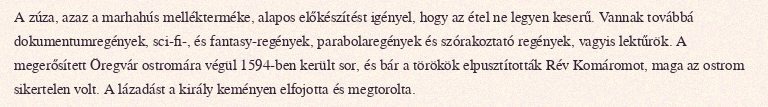
A zúza, azaz a marhahús mellékterméke, alapos előkészítést igényel, hogy az étel ne legyen keserű. Vannak továbbá dokumentumregények, sci-fi-, és fantasy-regények, parabolaregények és szórakoztató regények, vagyis lektűrök. A megerősített Öregvár ostromára végül 1594-ben került sor, és bár a törökök elpusztították Rév Komáromot, maga az ostrom sikertelen volt. A lázadást a király keményen elfojotta és megtorolta.